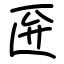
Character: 匥